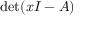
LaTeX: \det ( x I - A )